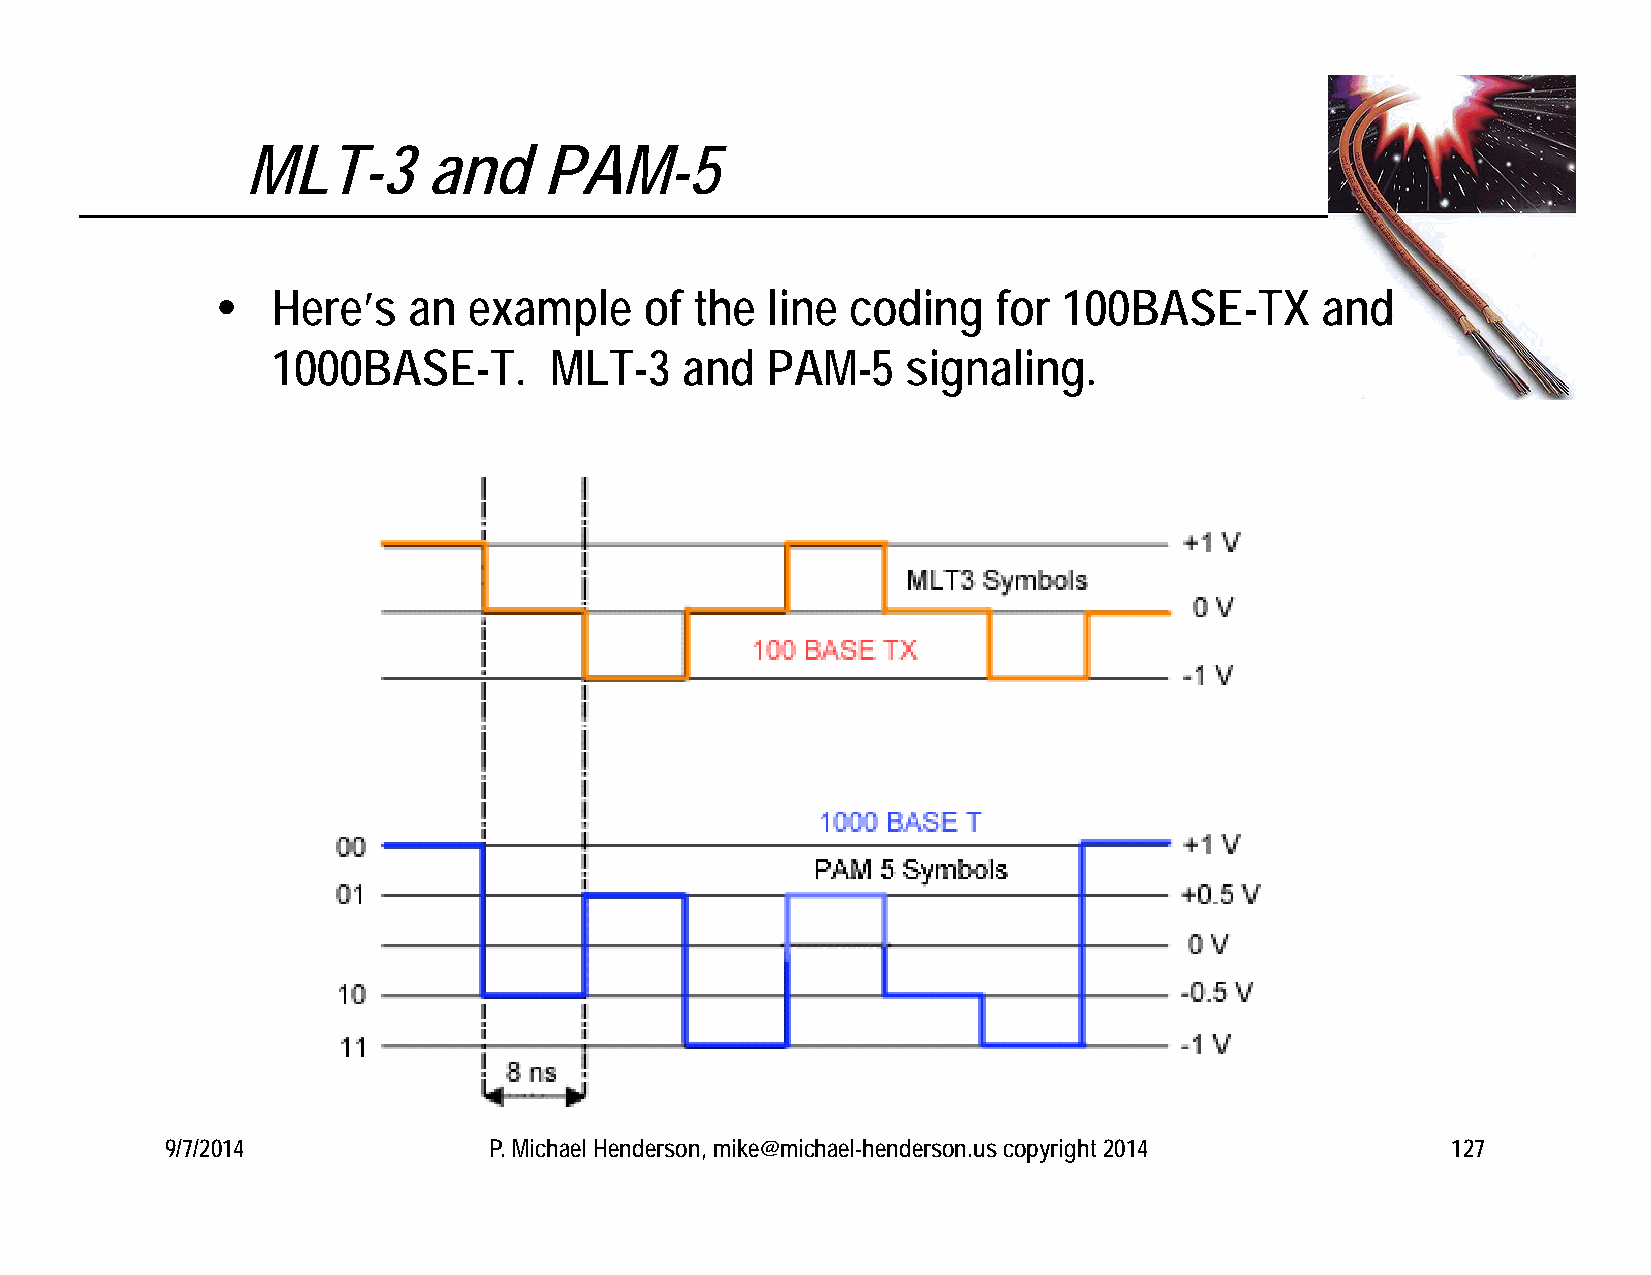
MLT-3       and     PAM-5
    Here’s   an  example     of the  line coding    for 100BASE-TX       and
 1000BASE-T.       MLT-3    and   PAM-5    signaling.
 9/7/2014             P. Michael Henderson, mike@michael-henderson.us copyright 2014  127